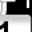
Digit: 1